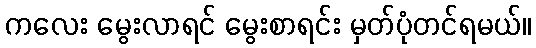
ကလေး မွေးလာရင် မွေးစာရင်း မှတ်ပုံတင်ရမယ်။